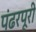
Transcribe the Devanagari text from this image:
पंढरपूरी